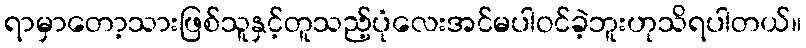
ရာမှာတော့သားဖြစ်သူနှင့်တူသည့်ပုံလေးအင်မပါဝင်ခဲ့ဘူးဟုသိရပါတယ်။